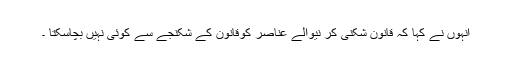
انہوں نے کہا کہ قانون شکنی کر نیوالے عناصر کوقانون کے شکنجے سے کوئی نہیں بچاسکتا ۔